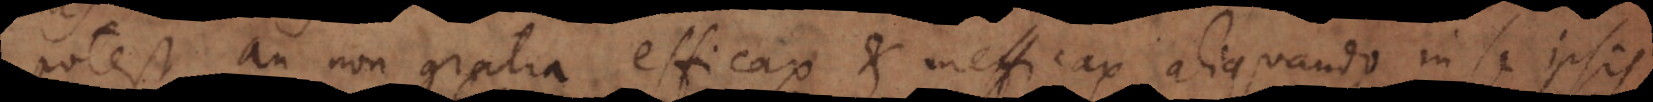
potest an non gratia efficax et inefficax aliquando in se ipsis